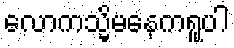
လောကသ္မိမနေကရူပါ